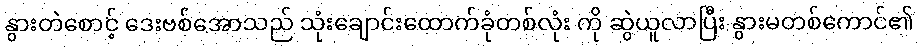
နွားတဲစောင့် ဒေးဗစ်အောသည် သုံးချောင်းထောက်ခုံတစ်လုံး ကို ဆွဲယူလာပြီး နွားမတစ်ကောင်၏